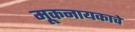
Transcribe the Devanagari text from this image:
मूकनायकाचे